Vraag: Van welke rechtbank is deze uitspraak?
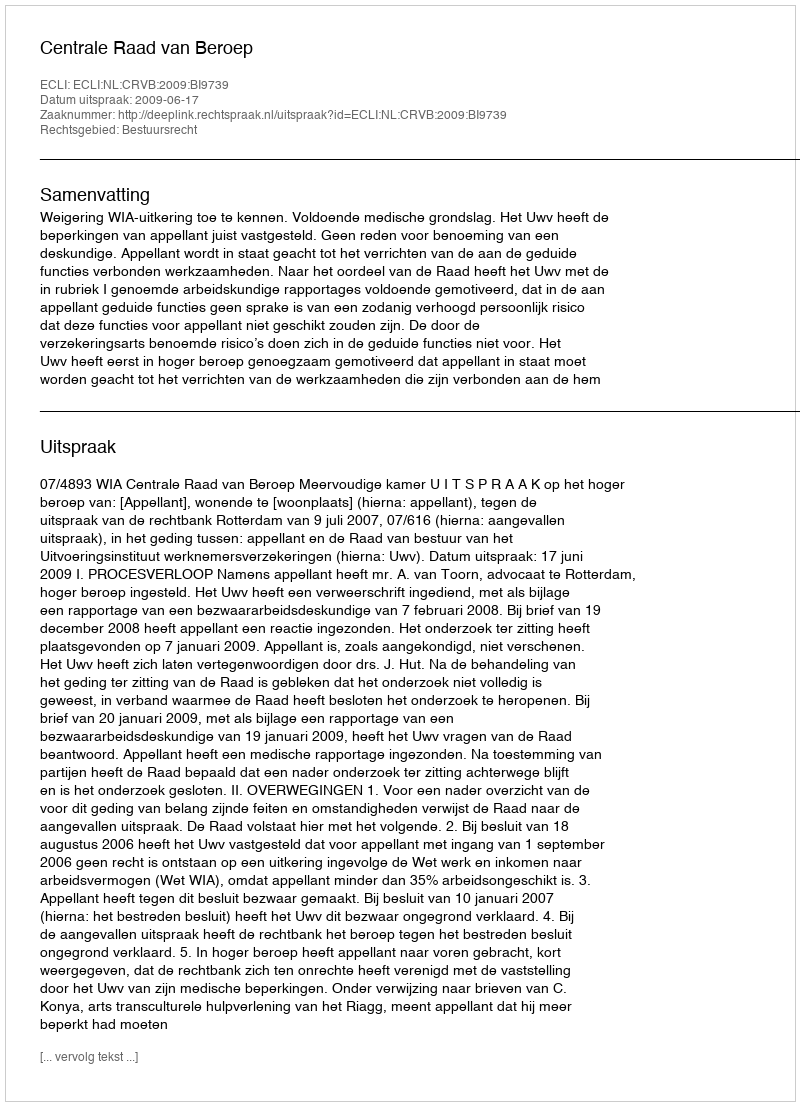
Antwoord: Centrale Raad van Beroep